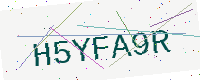
Text: H5YFA9R